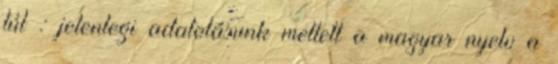
túl : jelenlegi adatolásunk mellett a magyar nyelv a